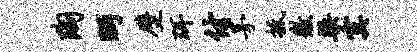
陶眄壁珥付茅抵徽梁寞